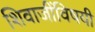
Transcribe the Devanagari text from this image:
शिवाजींविषयी